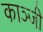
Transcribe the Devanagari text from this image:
काञ्जी